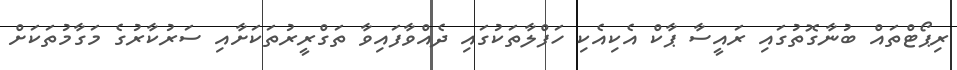
ރިޕޯޓްތައް ބުނާގޮތުގައި ރައީސާ ޕާކް އެކިއެކި ހަފްލާތަކުގައި ދެއްވާފައިވާ ތަގްރީރުތަކަށާއި ސަރުކާރުގެ މަގާމުތަކަށް